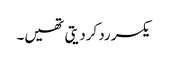
یکسر رد کردیتی تھیں۔